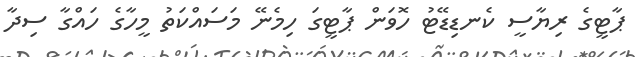
ޕާޓީގެ ރިޔާސީ ކެނޑިޑޭޓު ހޮވަން ޕާޓީގަ ހިމެނޭ މަސައްކަތު މީހާގެ ހައްގާ ސިދާ